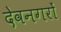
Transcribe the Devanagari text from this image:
देवनगरों